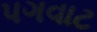
પગવાટ